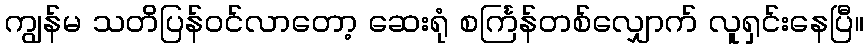
ကျွန်မ သတိပြန်ဝင်လာတော့ ဆေးရုံ စင်္ကြန်တစ်လျှောက် လူရှင်းနေပြီ။